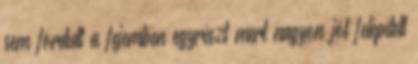
sem fordult a fejemben egyrészt mert nagyon jól felépített